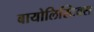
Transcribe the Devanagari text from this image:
बायोलिस्टिक्स